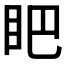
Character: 𱲫